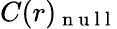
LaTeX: C(r)_{\mathrm{~n~u~l~l~}}